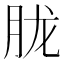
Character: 胧